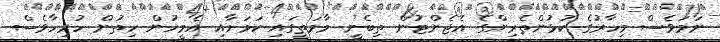
ނަމަވެސް މިހާރުގެ ކުޅުންތެރިންގެ އެޖެންޓުން ތިބެނީ މާމަތީގައި ކަމަށާއި އެމީހުން ހިތުން ހުރިހާވެސް